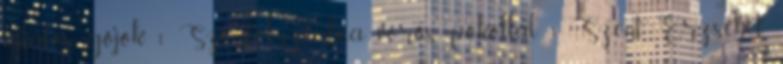
ájtatos gójok 1 Szemtől-szembea vörös pokollal 1 Szent Erzsébet